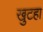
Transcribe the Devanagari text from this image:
खुटहा